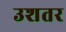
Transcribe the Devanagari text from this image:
उशतर